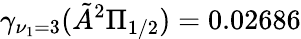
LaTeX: \gamma_{\nu_{1}=3}(\tilde{A}^{2}\Pi_{1/2})=0.02686